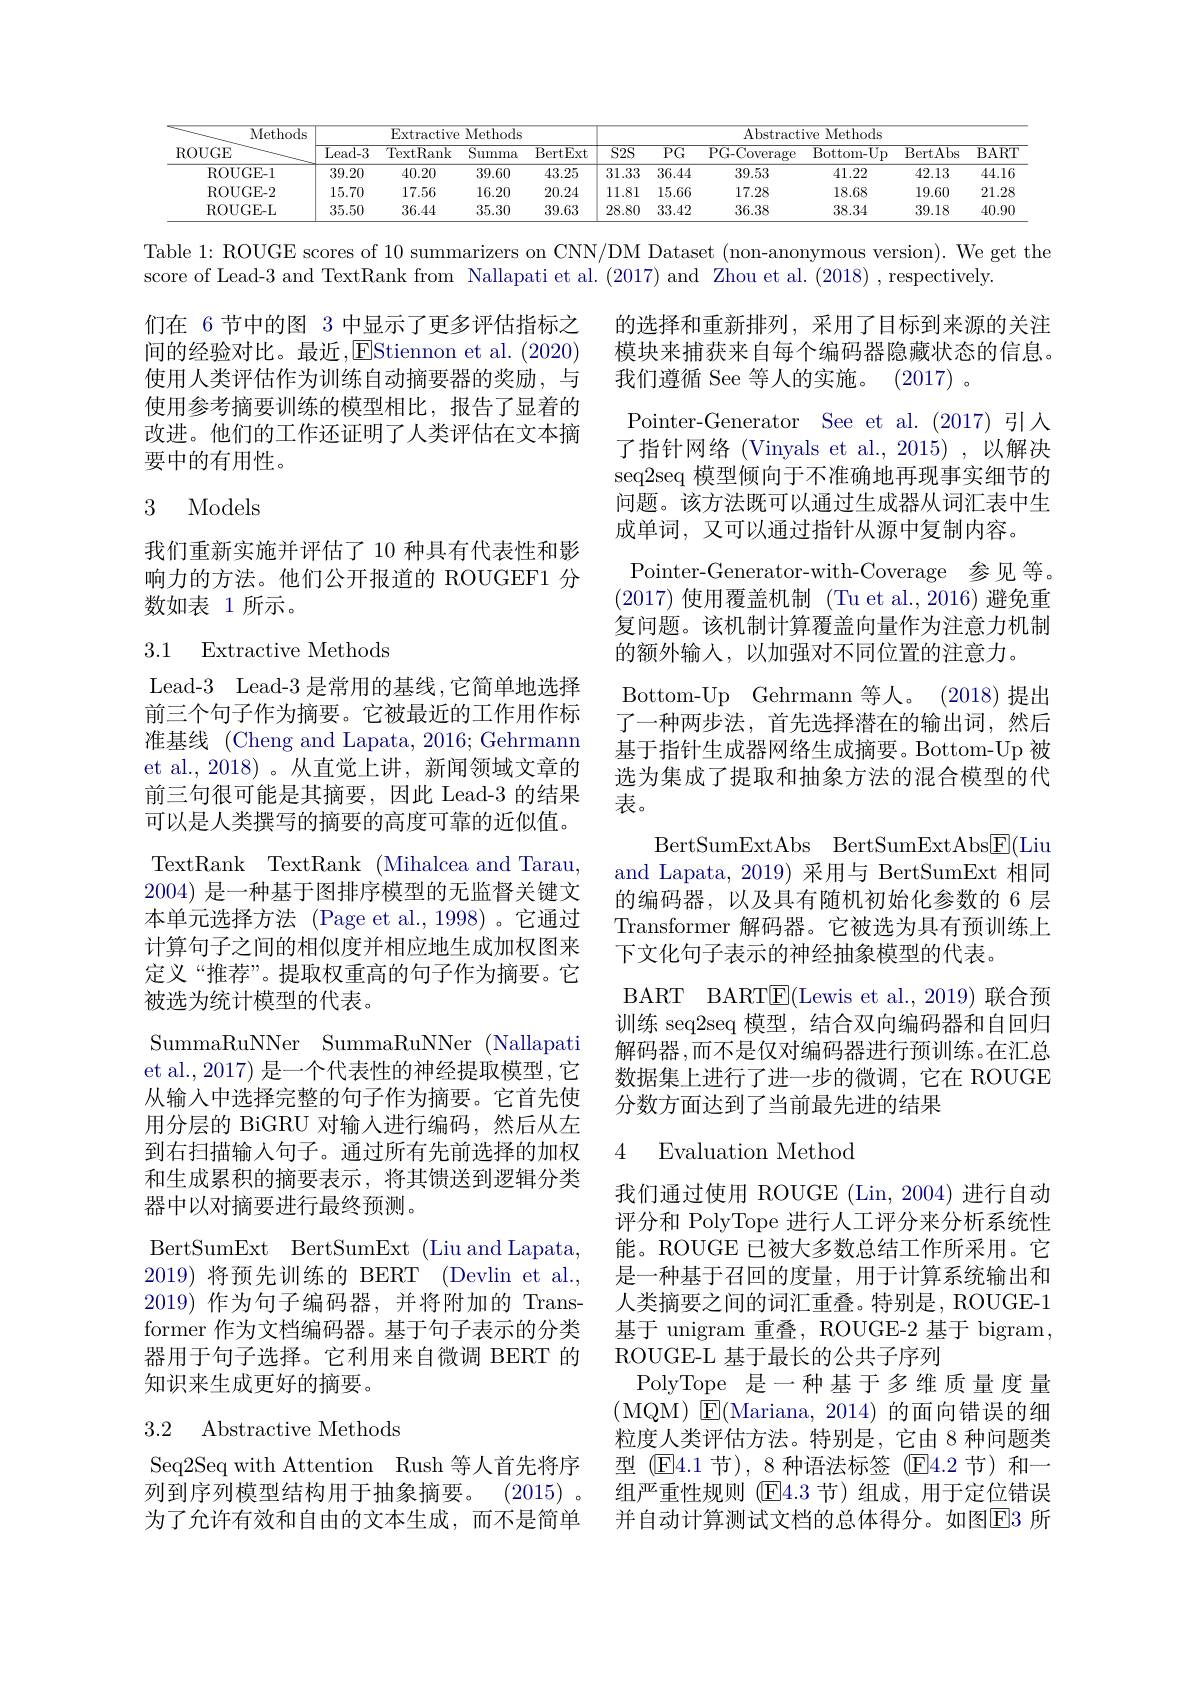
<table>
	<tbody>
		<tr>
			<th rowspan="2">Methods $\operatorname{ROUGE}$</th>
			<th colspan="4">$F_{\mathrm{X}}$rtr Methods -0ctive</th>
			<th colspan="6">$\overline{\text{Abstractive Methods}}$</th>
		</tr>
		<tr>
			<th>$\overline{\text{Lead-}3}$</th>
			<th>TextRank</th>
			<th>$\overline{{\mathrm{Summa}}}$</th>
			<th>BertExt</th>
			<th>$\overline{S2S}$</th>
			<th>$\overline{\mathrm{PG}}$</th>
			<th>PG- Coverage</th>
			<th>$\overline{{\mathrm{Bottom-Up}}}$</th>
			<th>BertAbs</th>
			<th>$\overline{{\mathrm{BART}}}$</th>
		</tr>
		<tr>
			<td>ROUGE-1</td>
			<td>39.20</td>
			<td>40.20</td>
			<td>39.60</td>
			<td>43.25</td>
			<td>31.33</td>
			<td>36.44</td>
			<td>39.53</td>
			<td>41.22</td>
			<td>42.13</td>
			<td>44.16</td>
		</tr>
		<tr>
			<td>ROUGE-2</td>
			<td>15.70</td>
			<td>17.56</td>
			<td>16.20</td>
			<td>20.24</td>
			<td>11.81</td>
			<td>15.66</td>
			<td>17.28</td>
			<td>18.68</td>
			<td>19.60</td>
			<td>21.28</td>
		</tr>
		<tr>
			<td>ROUGE-L</td>
			<td>35.50</td>
			<td>36.44</td>
			<td>35.30</td>
			<td>39.63</td>
			<td>28.80</td>
			<td>33.42</td>
			<td>36.38</td>
			<td>38.34</td>
			<td>39.18</td>
			<td>40.90</td>
		</tr>
	</tbody>
</table>

Table 1: ROUGE scores of 10 summarizers on CNN/DM Dataset (non-anonymous version). We get the

score of Lead-3 and TextRank from Nallapati et al.(2017) and Zhou et al.(2018) ,respectively.

们在 6节中的图 3 中显示了更多评估指标之间的经验对比。最近，EStiennon et al.(2020) 使用人类评估作为训练自动摘要器的奖励，与使用参考摘要训练的模型相比，报告了显着的改进。他们的工作还证明了人类评估在文本摘要中的有用性。

## 3 Models

我们重新实施并评估了 10 种具有代表性和影响力的方法。他们公开报道的 ROUGEF1 分数如表 1 所示。

### 3.1 Extractive Methods

的选择和重新排列，采用了目标到来源的关注模块来捕获来自每个编码器隐藏状态的信息。我们遵循 See 等人的实施。(2017) 。
Pointer-Generator See et al.(2017)引人了指针网络(Vinyals et al.,2015),以解决seq2seq 模型倾向于不准确地再现事实细节的问题。该方法既可以通过生成器从词汇表中生成单词，又可以通过指针从源中复制内容。
Pointer-Generator-with-Coverage 参见等。(2017)使用覆盖机制 (Tu et al.,2016)避免重复问题。该机制计算覆盖向量作为注意力机制的额外输入，以加强对不同位置的注意力。
Bottom-Up Gehrmann 等人。(2018)提出了一种两步法，首先选择潜在的输出词，然后基于指针生成器网络生成摘要。Bottom-Up 被选为集成了提取和抽象方法的混合模型的代表。
BertSumExtAbs BertSumExtAbs$\underline{\mathrm{F}}($Liu and Lapata, 2019) 采用与 BertSumExt 相同的编码器，以及具有随机初始化参数的 6 层Transformer 解码器。它被选为具有预训练上下文化句子表示的神经抽象模型的代表。
BART BART$\underline{\mathrm{E}}($Lewis et al.,2019)联合预训练 seq2seq 模型，结合双向编码器和自回归解码器，而不是仅对编码器进行预训练。在汇总数据集上进行了进一步的微调，它在 ROUGE 分数方面达到了当前最先进的结果

Lead-3 Lead-3 是常用的基线，它简单地选择前三个句子作为摘要。它被最近的工作用作标准基线 (Cheng and Lapata, 2016; Gehrmann et al., 2018) 。从直觉上讲，新闻领域文章的前三句很可能是其摘要，因此 Lead-3 的结果可以是人类撰写的摘要的高度可靠的近似值。TextRank TextRank (Mihalcea and Tarau, 2004)是一种基于图排序模型的无监督关键文本单元选择方法 (Page et al.,1998)。它通过计算句子之间的相似度并相应地生成加权图来定义“推荐”。提取权重高的句子作为摘要。它被选为统计模型的代表。
SummaRuNNer SummaRuNNer (Nallapati et al., 2017) 是一个代表性的神经提取模型，它从输入中选择完整的句子作为摘要。它首先使用分层的 BiGRU 对输入进行编码，然后从左到右扫描输入句子。通过所有先前选择的加权和生成累积的摘要表示，将其馈送到逻辑分类器中以对摘要进行最终预测。
BertSumExt BertSumExt (Liu and Lapata, 2019)将预先训练的 BERT (Devlin et al., 2019)作为句子编码器，并将附加的 Transformer 作为文档编码器。基于句子表示的分类器用于句子选择。它利用来自微调 BERT 的知识来生成更好的摘要。
3.2 Abstractive Methods

## 4 Evaluation Method

我们通过使用 ROUGE (Lin,2004) 进行自动评分和 PolyTope 进行人工评分来分析系统性能。ROUGE 已被大多数总结工作所采用。它是一种基于召回的度量，用于计算系统输出和人类摘要之间的词汇重叠。特别是，ROUGE-1基于 unigram 重叠，ROUGE-2 基于 bigram , ROUGE-L 基于最长的公共子序列
PolyTope 是一种基于多维质量度量(MQM)$\textcircled{\mathrm{E}}($Mariana,2014)的面向错误的细粒度人类评估方法。特别是，它由 8 种问题类型(E4.1 节),8 种语法标签(E4.2 节)和一组严重性规则 (E4.3 节) 组成，用于定位错误并自动计算测试文档的总体得分。如图E3 所

Seq2Seq with Attention Rush 等人首先将序列到序列模型结构用于抽象摘要。(2015)。为了允许有效和自由的文本生成，而不是简单